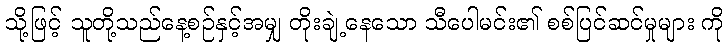
သို့ဖြင့် သူတို့သည်နေ့စဉ်နှင့်အမျှ တိုးချဲ့နေသော သီပေါမင်း၏ စစ်ပြင်ဆင်မှုများ ကို